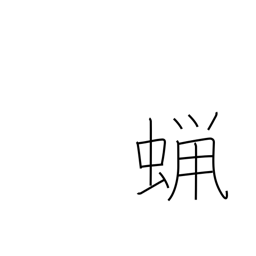
Meaning: wax